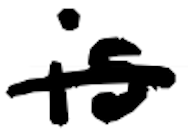
Text: is
Cross-out: single-line
Writing tool: digital_black